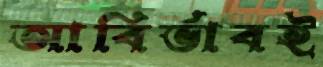
আবির্ভাবই